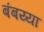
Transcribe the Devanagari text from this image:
बंबय्या